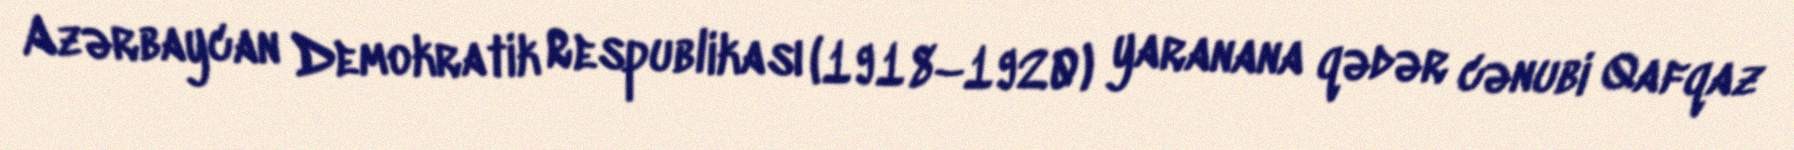
Azərbaycan Demokratik Respublikası (1918–1920) yaranana qədər cənubi Qafqaz